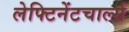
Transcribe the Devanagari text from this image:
लेफ्टिनेंटचार्ल्स